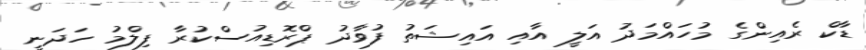
ޑާކް ރެއިންގެ މުހައްމަދު އަލީ އާއި އައިޝަތު ފުވާދު ޕްރޮޑިއުސްކުރާ ފިލްމު ހަދަނީ